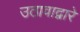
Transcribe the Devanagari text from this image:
उठावाद्वारे